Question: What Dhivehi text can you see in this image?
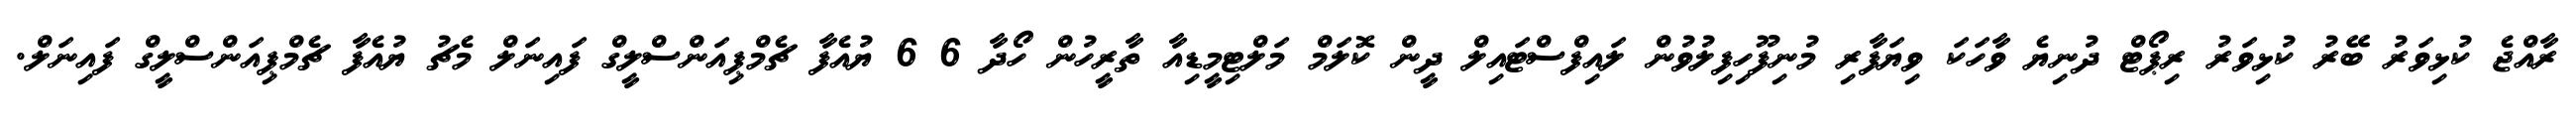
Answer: ރާއްޖެ ކުޅިވަރު ބޭރު ކުޅިވަރު ރިޕޯޓް ދުނިޔެ ވާހަކަ ވިޔަފާރި މުނިފޫހިފިލުވުން ލައިފްސްޓައިލް ދީން ކޮލަމް މަލްޓިމީޑިއާ ތާރީހުން ހޯދާ 6 6 ޔުއެފާ ޗެމްޕިއަންސްލީގް ފައިނަލް މެޗު ޔުއެފާ ޗެމްޕިއަންސްލީގް ފައިނަލް.